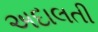
અદાલતી